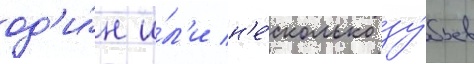
од'и́н и́л'и н'е́сколько зу́бьев